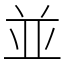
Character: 並